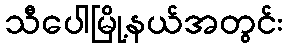
သီပေါမြို့နယ်အတွင်း